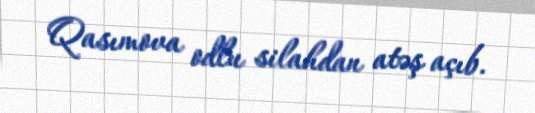
Qasımova odlu silahdan atəş açıb.